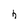
Character: h